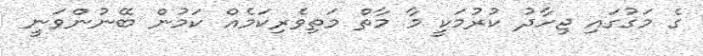
ގެ މަގުގައި ޖިހާދު ކުރުމަކީ މާ މާތް މަތިވެރިކަމެއް ކަމުން ބޭނުންވަނީ